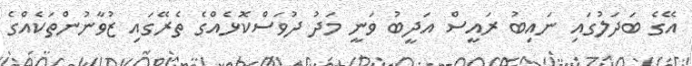
އޭގެ ބަދަލުގައި ނައިބު ރައީސް އަދީބު ވަނީ މަދު ދުވަސްކޮޅެއްގެ ތެރޭގައި ޒުވާނުންތަކެއްގެ